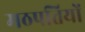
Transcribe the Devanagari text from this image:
मठपतियों